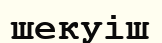
шекуіш